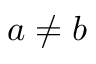
a \neq b